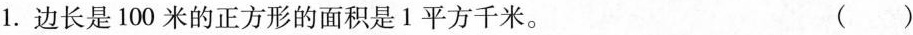
1.边长是100米的正方形的面积是1平方千米。（）